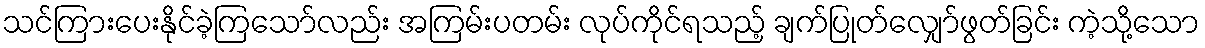
သင်ကြားပေးနိုင်ခဲ့ကြသော်လည်း အကြမ်းပတမ်း လုပ်ကိုင်ရသည့် ချက်ပြုတ်လျှော်ဖွတ်ခြင်း ကဲ့သို့သော